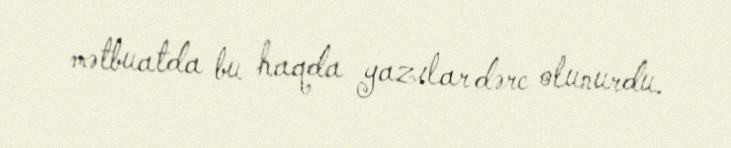
mətbuatda bu haqda yazılar dərc olunurdu.